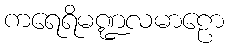
ကရေရိမဏ္ဍလမာဠော